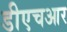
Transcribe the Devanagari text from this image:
डीएचआर